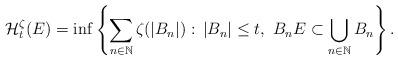
LaTeX: \begin{align*}\mathcal{H}^{\zeta}_t (E)=\inf \left\{\sum_{n\in\mathbb{N}}\zeta (\vert B_n\vert) : \, \vert B_n \vert \leq t, \ B_n E\subset \bigcup_{n\in \mathbb{N}}B_n\right\}.\end{align*}